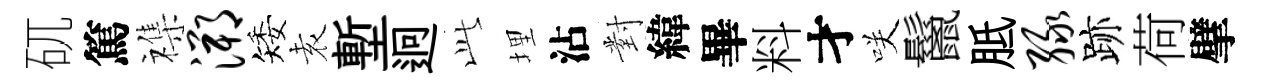
矹篤襍溯矮𡊮塹迥𬼘埋沾對緯畢料才咲鬣胝绿跡荷擘